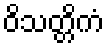
ဝိသတ္တိကံ